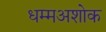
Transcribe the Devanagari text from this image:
धम्मअशोक